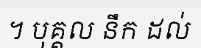
។ បុគ្គល នឹក ដល់